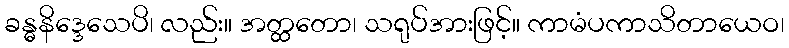
ခန္ဓနိဒ္ဒေသေပိ၊ လည်း။ အတ္ထတော၊ သရုပ်အားဖြင့်။ ကာမံပကာသိတာယေဝ၊